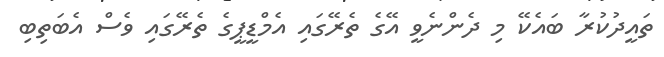
ތައީދުކުރާ ބައެކޭ މި ދެންނެވީ އޭގެ ތެރޭގައި އެމްޑީޕީގެ ތެރޭގައި ވެސް އެބަތިބި